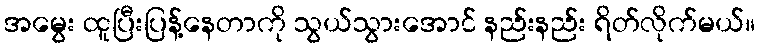
အမွေး ထူပြီးပြန့်နေတာကို သွယ်သွားအောင် နည်းနည်း ရိတ်လိုက်မယ်။